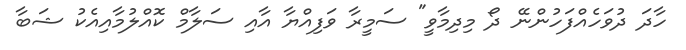
ހާދަ ދުވަހެއްފަހުންނޭ ދޯ މިދިމާވީ" ސަމީރާ ވަފިއްޔާ އާއި ސަލާމް ކޮއްލުމާއިއެކު ޝަބާ